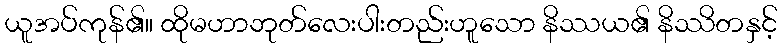
ယူအပ်ကုန်၏။ ထိုမဟာဘုတ်လေးပါးတည်းဟူသော နိဿယ၏ နိဿိတနှင့်